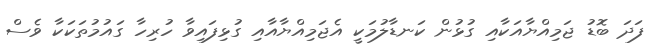
ފަދަ ބޮޑު ޖަމިއްޔާއަކާއި ގުޅުން ކަނޑާލުމަކީ އެޖަމިއްޔާއާއި ގުޅިފައިވާ ހުރިހާ ގައުމުތަކަކާ ވެސް